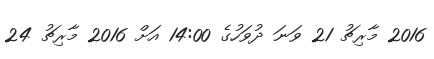
2016 މާރިޗު 21 ވަނަ ދުވަހުގެ 14:00 އަށް 2016 މާރިޗު 24